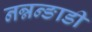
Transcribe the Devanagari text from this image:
नन्नन्ङाडी